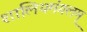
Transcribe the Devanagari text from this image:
शालियमंगलम्‌